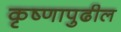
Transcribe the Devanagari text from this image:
कृष्णापुढील